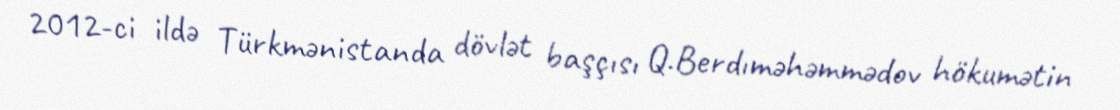
2012-ci ildə Türkmənistanda dövlət başçısı Q.Berdıməhəmmədov hökumətin